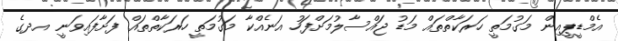
އެމްޑީޕީއިން މަގުމަތީ ހަރަކާތްތައް މަޑު ޖައްސާލުމަށްފަހު އަނެއްކާ މަގުމަތީ ހަރަކާތްތައް ފަށާފައިވަނީ އދގެ